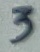
Text: 3